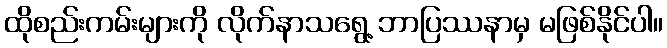
ထိုစည်းကမ်းများကို လိုက်နာသရွေ့ ဘာပြဿနာမှ မဖြစ်နိုင်ပါ။